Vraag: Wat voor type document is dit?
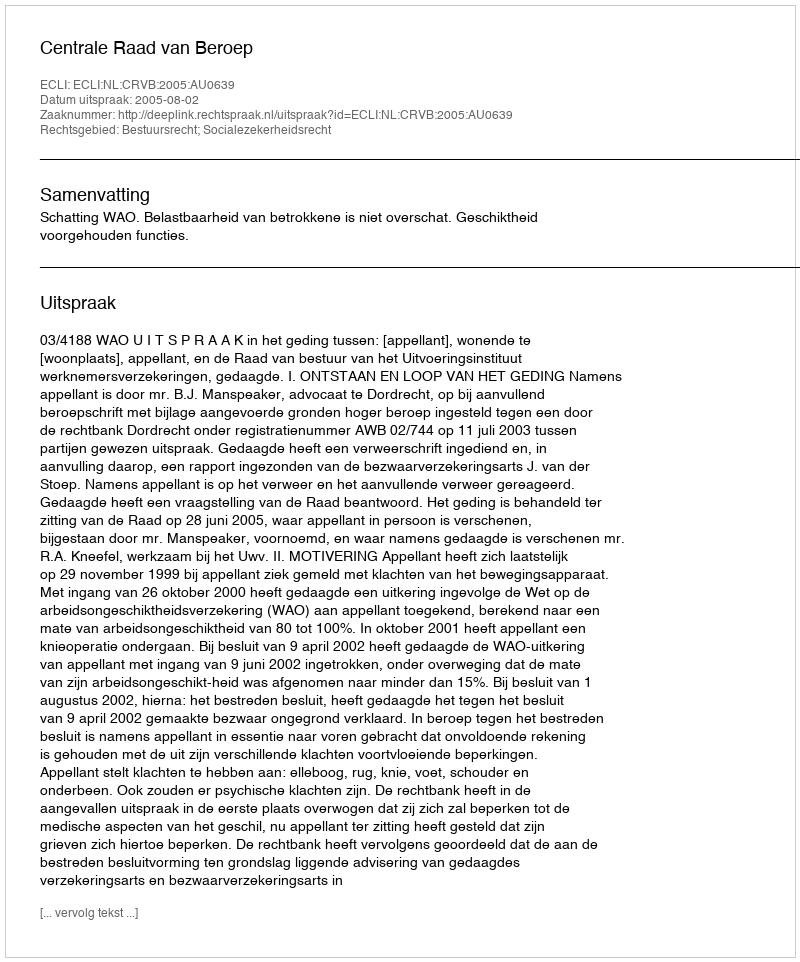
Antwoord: Uitspraak